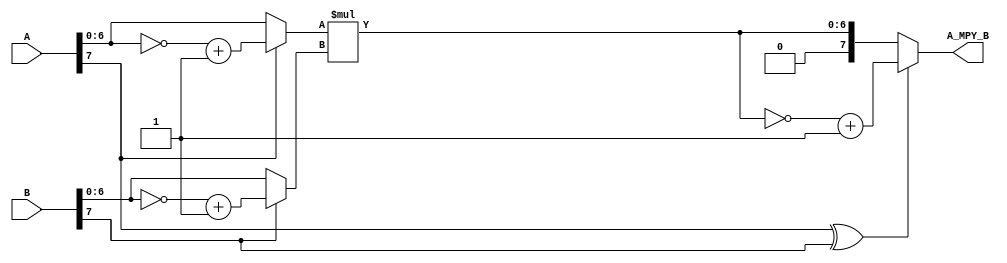
`timescale 1ns / 1ps
//////////////////////////////////////////////////////////////////////////////////
// Company: 
// Engineer: 
// 
// Design Name: 
// Module Name:    SI_MPY 
// Project Name: 
// Target Devices: 
// Tool versions: 
// Description: 
//
// Dependencies: 
//
// Revision: 
// Revision 0.01 - File Created
// Additional Comments: 
//
//////////////////////////////////////////////////////////////////////////////////
module SI_MPY
#(parameter N = 8)
(
	input [N-1 : 0] A,
	input [N-1 : 0] B,
	output reg [N-1 : 0] A_MPY_B
);

wire sgnA, sgnB;
reg [N-2 : 0] unsignedA, unsignedB;
wire sgnResult;
wire [N-2 : 0] unsignedResult;

assign sgnA = A[N-1];
assign sgnB = B[N-1];

always @(*)
	if(sgnA == 0)
		unsignedA = A;
	else
		unsignedA = ~(A) + 1'b1; // 2's complement
		
always @(*)
	if(sgnB == 0)
		unsignedB = B;
	else
		unsignedB = ~(B) + 1'b1; // 2's complement

assign sgnResult = sgnA ^ sgnB;
assign unsignedResult = unsignedA * unsignedB;

always @(*)
	if(sgnResult == 0)
		A_MPY_B = {1'b0, unsignedResult};
	else
		A_MPY_B = ~({1'b0, unsignedResult}) + 1'b1; // 2's complement

endmodule